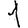
Digit: 1